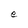
Character: e